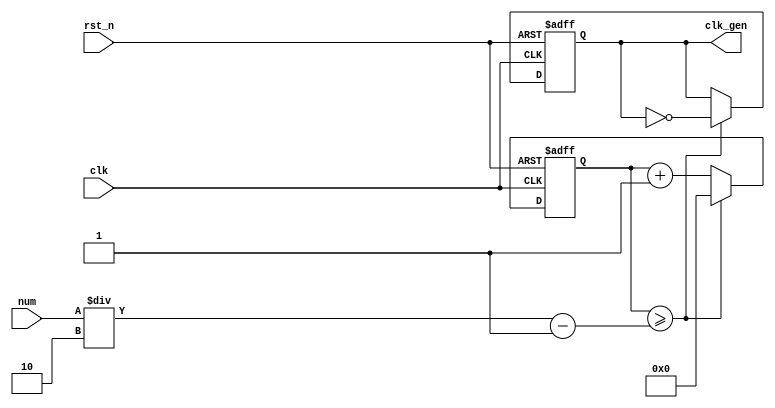
// ---------------------------------------------------------
//          digital clock (sec) based Down Counter
// Assignment: week5 assignment A1
// Course: practice in digital logic design
// --------------------- list ---------------------
// 1. NCO (1M Hz) << week4 P1 / week5 P1
// 2. 59~0 Counter 
// 3. NCO_CNT (59~0 sec)
// 4. double figure separate ( tens digit / units digits ) << week5 P1
// 5. FND decoder << week4 P31 / week5 P1
// 6. LED display << week5 P1
// A1: top NCO counter display
// ---------------------------------------------------------

// ------------------------------------------------
// NCO (1M Hz)
// ------------------------------------------------
module nco ( clk_gen, num, clk, rst_n );

output		clk_gen	;
input	[31:0]	num	;
input		clk	;
input		rst_n	;

reg	[31:0]	cnt	;
reg		clk_gen	;

always	@(posedge clk or negedge rst_n) begin
	if (rst_n == 1'b0) begin // reset
		cnt	<= 32'd0;
		clk_gen	<= 1'd0	;
	end else begin
		if (cnt >= num/2-1) begin
			cnt	<= 32'd0	;
			clk_gen	<= ~clk_gen	;
		end else begin
			cnt	<= cnt + 1'b1	;
		end
	end
end
endmodule

// ------------------------------------------------
// 59~0 Counter
// ------------------------------------------------
module cnt_down( out, clk, rst_n );

output	[5:0]	out	;
input		clk	;
input		rst_n	;
reg	[5:0]	out	;

always 	@(posedge clk or negedge rst_n) begin
	if (rst_n == 1'b0) begin
		out <= 6'd59	;
	end else begin
		if (out < 6'd0) begin
			out <= 6'd59;
		end else begin
			out <= out - 1'b1;
		end
	end
end
endmodule

// ------------------------------------------------
// NCO_CNT (59~0 sec)
// ------------------------------------------------
module nco_cnt_down ( o_nco_cnt, i_nco_num, clk, rst_n );

output	[5:0]	o_nco_cnt	;
input	[31:0]	i_nco_num	;
input		clk		;
input		rst_n		;
wire		clk_gen		;

nco		nco_1 ( .clk_gen ( clk_gen ), .num ( i_nco_num ), .clk ( clk ), .rst_n ( rst_n ));
cnt_down	cnt_1 ( .out ( o_nco_cnt ), .clk ( clk_gen ), .rst_n ( rst_n ));

endmodule
// ---------------------------------------------------------
// double figure separate ( tens digit / units digits )
// ---------------------------------------------------------
module double_fig_sep ( o_left, o_right, i_double_fig );

output	[3:0]	o_left		;
output	[3:0]	o_right		;
input	[5:0]	i_double_fig	;

assign o_left	= i_double_fig / 10	;
assign o_right	= i_double_fig % 10	;

endmodule

// ------------------------------------------------
// FND decoder
// ------------------------------------------------
module	fnd_dec ( o_seg, i_num );

output	[6:0]	o_seg	;	// segment
input	[3:0]	i_num	;	// input number
reg	[6:0]	o_seg	;

always	@(*)	begin
	case (i_num)
		4'b0000 : o_seg = 8'b111_1110;	// 0
		4'b0001 : o_seg = 8'b011_0000;	// 1
		4'b0010 : o_seg = 8'b110_1101;	// 2
		4'b0011 : o_seg = 8'b111_1001;	// 3
		4'b0100 : o_seg = 8'b011_0011;	// 4
		4'b0101 : o_seg = 8'b101_1011;	// 5
		4'b0110 : o_seg = 8'b101_1111;	// 6
		4'b0111 : o_seg = 8'b111_0000;	// 7
		4'b1000 : o_seg = 8'b111_1111;	// 8
		4'b1001 : o_seg = 8'b111_0011;	// 9
		4'b1010 : o_seg = 8'b111_0111;	// A
		4'b1011 : o_seg = 8'b001_1111;	// B
		4'b1100 : o_seg = 8'b100_1110;	// C
		4'b1101 : o_seg = 8'b011_1101;	// D
		4'b1110 : o_seg = 8'b100_1111;	// E
		4'b1111 : o_seg = 8'b100_0111;	// F
		default : o_seg = 8'b000_0000;
	endcase
end
endmodule

// ------------------------------------------------
// LED display
// ------------------------------------------------
module	led_disp ( o_seg, o_seg_dp, o_seg_enb, i_six_digit_seg, i_six_dp, clk, rst_n );

output	[5:0]	o_seg_enb	;	// common cathod
output		o_seg_dp	;	// chosen common cathod's dot
output	[6:0]	o_seg		;	// chosen common cathod's 7 seg
input	[41:0]	i_six_digit_seg	;	// all segment
input	[5:0]	i_six_dp	;	// all dot
input		clk		;
input		rst_n		;
wire		gen_clk		;

// *********************** .o_gen_clk (x), .clk_gen modified (o) ***********************
// *********************** num*(1/100) ***********************
nco	u_nco ( .clk_gen ( clk_gen ), .num ( 32'd100000 ), .clk ( clk ), .rst_n ( rst_n ));

reg	[3:0]	cnt_common_node	;

always	@(posedge clk_gen or negedge rst_n) begin
	if (rst_n == 1'b0) begin
		cnt_common_node <= 32'd0;
	end else begin
		if (cnt_common_node >= 4'd5) begin // 0~5 counter for common cathod
			cnt_common_node <= 4'd0;
		end else begin
			cnt_common_node <= cnt_common_node + 1'b1;
		end
	end
end

reg	[5:0]	o_seg_enb	;

always	@(cnt_common_node) begin
	case (cnt_common_node)
		4'd0 : o_seg_enb = 6'b111110;
		4'd1 : o_seg_enb = 6'b111101;
		4'd2 : o_seg_enb = 6'b111011;
		4'd3 : o_seg_enb = 6'b110111;
		4'd4 : o_seg_enb = 6'b101111;
		4'd5 : o_seg_enb = 6'b011111;
	endcase
end

reg		o_seg_dp	;

always	@(cnt_common_node) begin
	case (cnt_common_node)
		4'd0 : o_seg_dp = i_six_dp[0];
		4'd1 : o_seg_dp = i_six_dp[1];
		4'd2 : o_seg_dp = i_six_dp[2];
		4'd3 : o_seg_dp = i_six_dp[3];
		4'd4 : o_seg_dp = i_six_dp[4];
		4'd5 : o_seg_dp = i_six_dp[5];
	endcase
end

reg	[6:0]	o_seg		;

always	@(cnt_common_node) begin
	case (cnt_common_node)
		4'd0 : o_seg = i_six_digit_seg[6:0];
		4'd1 : o_seg = i_six_digit_seg[13:7];
		4'd2 : o_seg = i_six_digit_seg[20:14];
		4'd3 : o_seg = i_six_digit_seg[27:21];
		4'd4 : o_seg = i_six_digit_seg[34:28];
		4'd5 : o_seg = i_six_digit_seg[41:35];
	endcase
end

endmodule

// ------------------------------------------------
// A1: top NCO counter display
// ------------------------------------------------
module top_nco_cnt_disp_down ( o_seg, o_seg_dp, o_seg_enb, clk, rst_n );

output	[5:0]	o_seg_enb	;
output		o_seg_dp	;
output	[6:0]	o_seg		;

input		clk		;
input		rst_n		;

wire	[5:0]	o_nco_cnt	;

nco_cnt_down	u_nco_cnt_down ( .o_nco_cnt ( o_nco_cnt ), .i_nco_num ( 32'd50000000 ), .clk ( clk ), .rst_n ( rst_n ));

wire	[3:0]	o_left		;
wire	[3:0]	o_right		;

double_fig_sep	u_double_fig_sep ( .o_left ( o_left ), .o_right ( o_right ), .i_double_fig ( o_nco_cnt ));

wire	[6:0]	o_seg_left	;
wire	[6:0]	o_seg_right	;

fnd_dec		u0_fnd_dec ( .o_seg ( o_seg_left ), .i_num ( o_left ));
fnd_dec		u1_fnd_dec ( .o_seg ( o_seg_right ), .i_num ( o_right ));

wire	[41:0]	i_six_digit_seg	;

assign		i_six_digit_seg = { {4{7'b0000000}}, o_seg_left, o_seg_right };

led_disp	u_led_disp ( .o_seg ( o_seg ), .o_seg_dp ( o_seg_dp ), .o_seg_enb ( o_seg_enb ), .i_six_digit_seg ( i_six_digit_seg ), .i_six_dp ( 6'd0 ), .clk ( clk ), .rst_n ( rst_n ));

endmodule